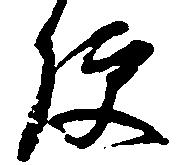
便